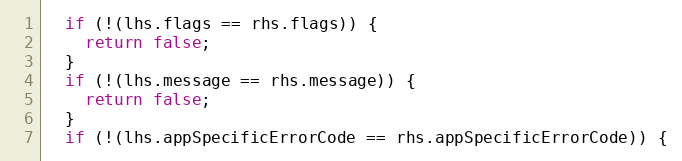
Language: C++
  if (!(lhs.flags == rhs.flags)) {
    return false;
  }
  if (!(lhs.message == rhs.message)) {
    return false;
  }
  if (!(lhs.appSpecificErrorCode == rhs.appSpecificErrorCode)) {